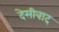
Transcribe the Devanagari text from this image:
देसीवाद